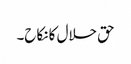
حق حلال کا نکاح۔